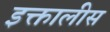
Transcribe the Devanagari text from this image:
इक्तालीस